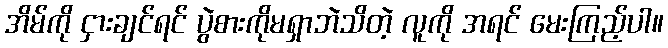
အိမ်ကို ငှားချင်ရင် ပွဲစားကိုမရှာဘဲသိတဲ့ လူကို အရင် မေးကြည့်ပါ။